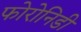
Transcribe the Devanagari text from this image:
फोरोनिडी